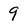
Character: 9